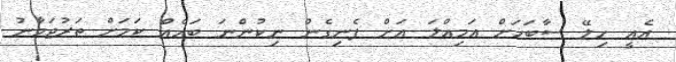
އެއީ ހިލޭ ސާބަހަށް އަމިއްލަ އަށް ފެނިގެން ނިކުންނަ ބައެއް ކަމަށް ތަރުޖަމާނު